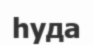
һуда